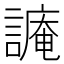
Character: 𧫥